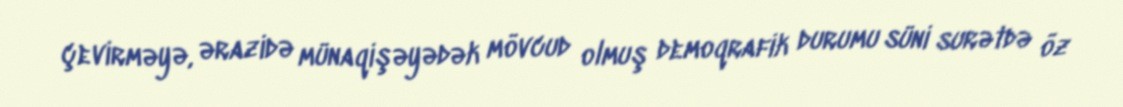
çevirməyə, ərazidə münaqişəyədək mövcud olmuş demoqrafik durumu süni surətdə öz